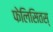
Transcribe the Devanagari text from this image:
फेलिसितस्